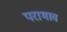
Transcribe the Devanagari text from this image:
पराभाव